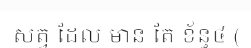
សត្វ ដែល មាន តែ ខ័ន្ធ៤ (